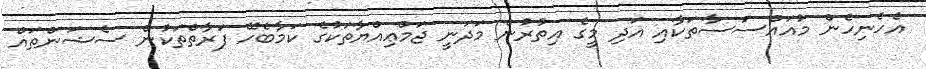
އެހެނިހެން މުއައްސަސާތަކާއި އަދި މީގެ އިތުރުން މަދަނީ ޖަމްޢިއްޔާތަކުގެ ކަމާބެހޭ ފަރާތްތަކުން ސެޝަންތައް